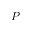
P